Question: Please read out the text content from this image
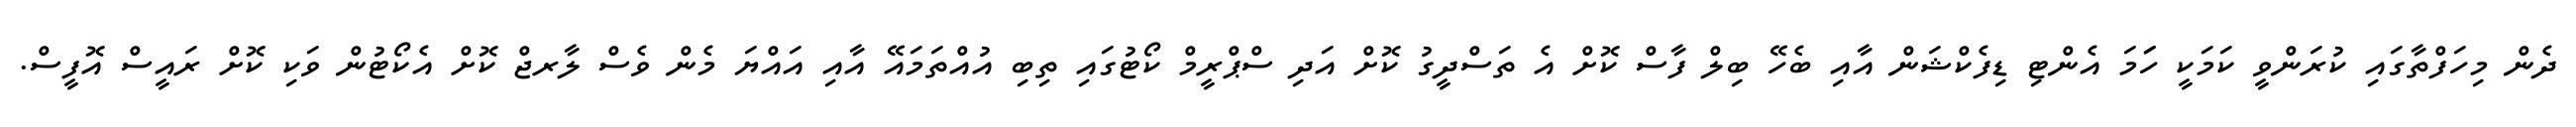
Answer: ދެން މިހަފްތާގައި ކުރަންވީ ކަމަކީ ހަަމަ އެންޓި ޑިފެކްޝަން އާއި ބެހޭ ބިލް ފާސް ކޮށް އެ ތަސްދީގު ކޮށް އަދި ސްޕްރީމް ކޯޓުގައި ތިބި އުއްތަމައޭ އާއި އައްޔަ މެން ވެސް ލާރޖް ކޮށް އެކޯޓުން ވަކި ކޮށް ރައީސް އޮފީސް.